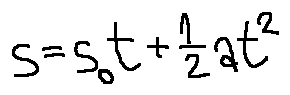
s = s _ { 0 } t + \frac { 1 } { 2 } a t ^ { 2 }